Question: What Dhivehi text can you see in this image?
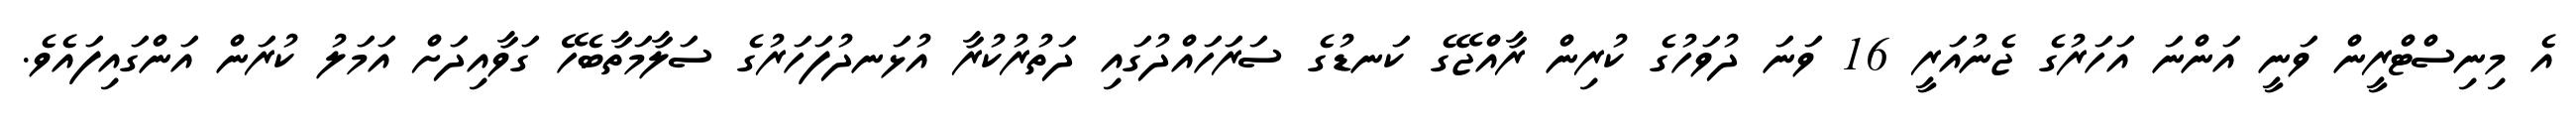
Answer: އެ މިނިސްޓްރީން ވަނީ އަންނަ އަހަރުގެ ޖެނުއަރީ 16 ވަނަ ދުވަހުގެ ކުރިން ރާއްޖޭގެ ކަނޑުގެ ސަރަހައްދުގައި ދަތުރުކުރާ އުޅަނދުފަހަރުގެ ސަލާމަތާބެހޭ ގަވާއިދަށް އަމަލު ކުރަން އަންގައިފައެވެ.